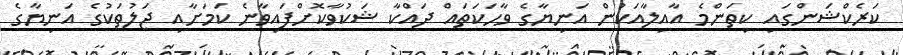
ކަރެކްޝަންގައި ކިތަންމެ އާއިލާއަކުން އަނިޔާގެ ވާހަކަތައް ދައްކާ ޝަކުވާކޮށްފައިވާނެ ކަމަށާއި ޖަލުތަކުގެ އަނިޔާގެ